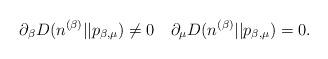
LaTeX: \begin{align*}\partial_\beta D(n^{(\beta)}||p_{\beta,\mu}) \neq 0 \quad \partial_\mu D(n^{(\beta)}||p_{\beta,\mu}) = 0.\end{align*}